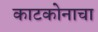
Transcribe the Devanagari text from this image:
काटकोनाचा